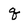
Character: q